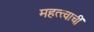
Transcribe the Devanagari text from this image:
महत्त्वाचीं